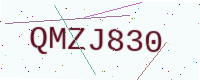
Text: QMZJ830